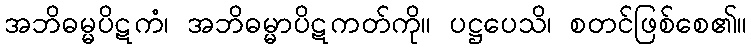
အဘိဓမ္မပိဋကံ၊ အဘိဓမ္မာပိဋကတ်ကို။ ပဋ္ဌပေသိ၊ စတင်ဖြစ်စေ၏။